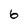
Character: 6